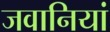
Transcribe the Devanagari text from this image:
जवानियां